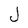
Character: J